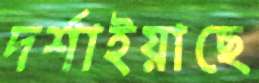
দর্শাইয়াছে